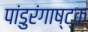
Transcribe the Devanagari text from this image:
पांडुरंगाष्ट्क